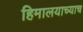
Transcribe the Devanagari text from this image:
हिमालयाच्याच